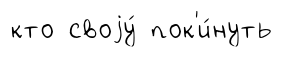
кто своjу́ пок'и́нуть